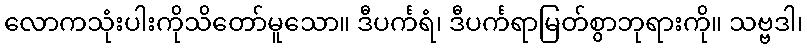
လောကသုံးပါးကိုသိတော်မူသော။ ဒီပင်္ကရံ၊ ဒီပင်္ကရာမြတ်စွာဘုရားကို။ သဗ္ဗဒါ၊